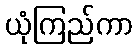
ယုံကြည်ကာ